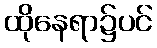
ထိုနေရာ၌ပင်